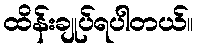
ထိန်းချုပ်ရပါတယ်။